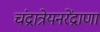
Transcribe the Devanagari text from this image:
चंद्रात्रेयनरेंद्राणां